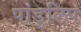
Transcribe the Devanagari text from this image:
पांडुलिप